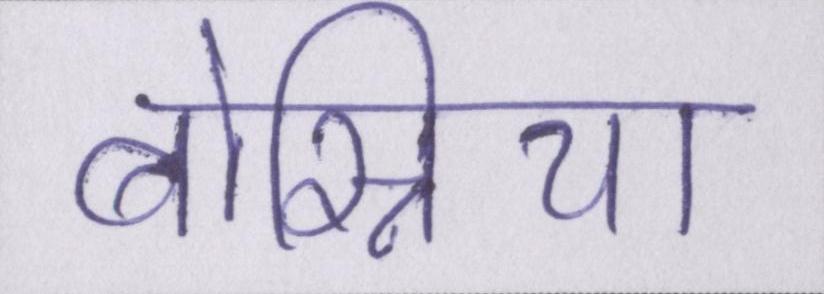
बोस्निया